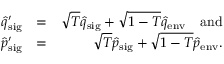
\begin{array} { r l r } { \hat { q } _ { \mathrm { s i g } } ^ { \prime } } & { = } & { \sqrt { T } \hat { q } _ { \mathrm { s i g } } + \sqrt { 1 - T } \hat { q } _ { \mathrm { e n v } } \quad \mathrm { a n d } } \\ { \hat { p } _ { \mathrm { s i g } } ^ { \prime } } & { = } & { \sqrt { T } \hat { p } _ { \mathrm { s i g } } + \sqrt { 1 - T } \hat { p } _ { \mathrm { e n v } } . } \end{array}